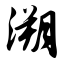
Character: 溯